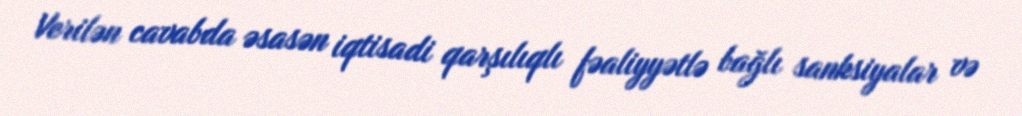
Verilən cavabda əsasən iqtisadi qarşılıqlı fəaliyyətlə bağlı sanksiyalar və